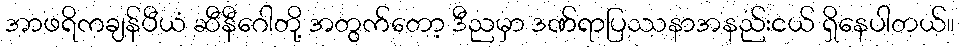
အာဖရိကချန်ပီယံ ဆီနီဂေါတို့ အတွက်တော့ ဒီညမှာ ဒဏ်ရာပြဿနာအနည်းငယ် ရှိနေပါတယ်။